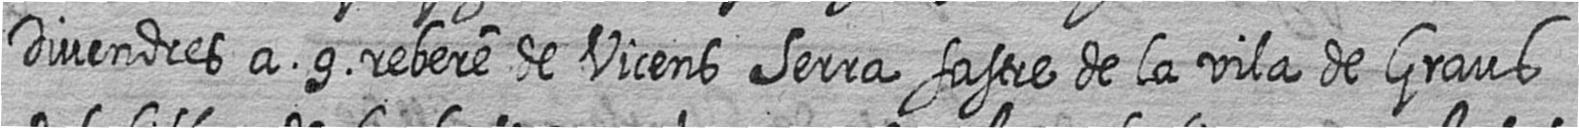
Divendres a 9 rebere de Vicens Serra sastre de la vila de Graus